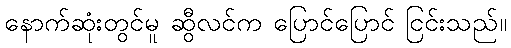
နောက်ဆုံးတွင်မူ ဆွီလင်က ပြောင်ပြောင် ငြင်းသည်။